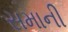
સમાની